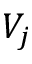
V _ { j }